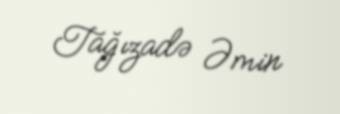
Tağızadə Əmin